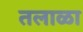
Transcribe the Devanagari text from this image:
तलाळा